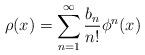
LaTeX: \begin{align*}\rho(x) &= \sum_{n=1}^\infty \frac{b_n}{n!}\phi^n(x)\end{align*}